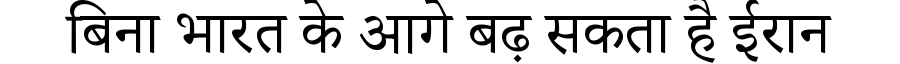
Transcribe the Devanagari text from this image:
बिना भारत के आगे बढ़ सकता है ईरान